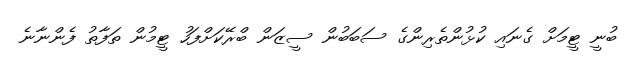
ބުނީ ޓީމަށް ގެނައި ކުޅުންތެރިންގެ ސަބަބުން ސީޒަން ބްރޭކަށްފަހު ޓީމުން ތަފާތު ފެންނާނެ